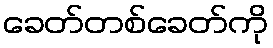
ခေတ်တစ်ခေတ်ကို